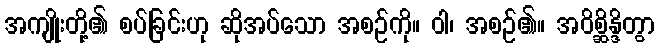
အကျိုးတို့၏ စပ်ခြင်းဟု ဆိုအပ်သော အစဉ်ကို။ ဝါ၊ အစဉ်၏။ အဝိစ္ဆိန္ဒိတွာ